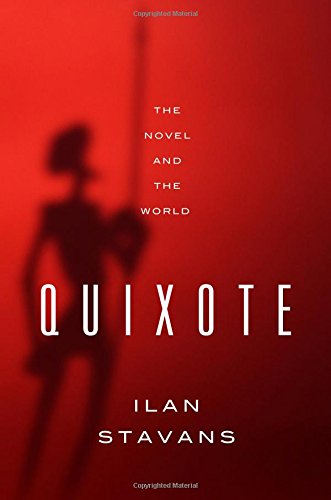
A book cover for Quixote: The Novel and the World; Ilan Stavans; Literature & Fiction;